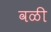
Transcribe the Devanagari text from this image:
वळी